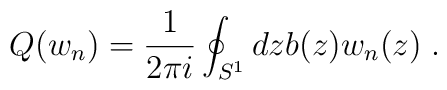
Q(w_{n})=\frac{1}{2\pi i}\oint_{S^{1}}dz b(z)w_{n}(z)\;.